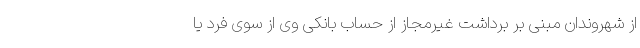
از شهروندان مبنی بر برداشت غیرمجاز از حساب بانکی وی از سوی فرد یا